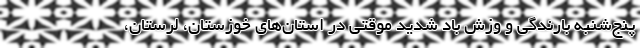
پنج‌شنبه بارندگی و وزش باد شدید موقتی در استان‌های خوزستان، لرستان،